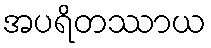
အပရိတဿာယ